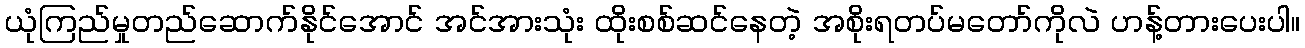
ယုံကြည်မှုတည်ဆောက်နိုင်အောင် အင်အားသုံး ထိုးစစ်ဆင်နေတဲ့ အစိုးရတပ်မတော်ကိုလဲ ဟန့်တားပေးပါ။